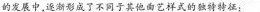
的发展中，逐渐形成了不同于其他曲艺样式的独特特征：___